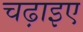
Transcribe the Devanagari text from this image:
चढ़ाइए